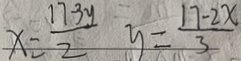
x = \frac { 1 7 - 3 y } { 2 } y = \frac { 1 7 - 2 x } { 3 }